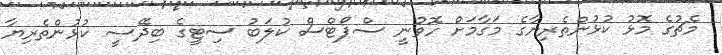
މެޗުގެ މޮޅު ކުޅުންތެރިޔާގެ މަގާމަށް ހޮވުނީ ސްޕޯޓްސް ކުލަބު ސިޓީގެ ބިދޭސީ ކުޅުންތެރިޔާ